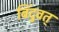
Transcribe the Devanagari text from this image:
बिंदुवत्